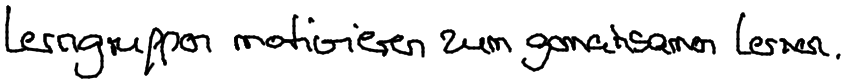
Lerngruppen motivieren zum gemeinsamen Lernen.